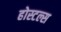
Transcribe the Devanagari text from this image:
होस्टल्स